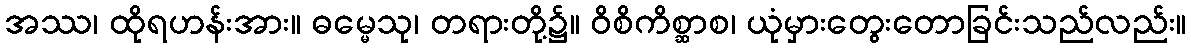
အဿ၊ ထိုရဟန်းအား။ ဓမ္မေသု၊ တရားတို့၌။ ဝိစိကိစ္ဆာစ၊ ယုံမှားတွေးတောခြင်းသည်လည်း။